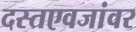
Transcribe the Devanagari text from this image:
दस्तएवजांवर